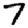
Digit: 7